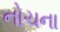
નોચના